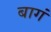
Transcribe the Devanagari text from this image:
बागं